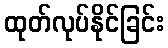
ထုတ်လုပ်နိုင်ခြင်း